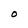
Character: O